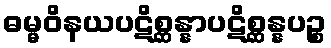
ဓမ္မဝိနယပဋိစ္ဆန္နာပဋိစ္ဆန္နပဉ္စ